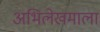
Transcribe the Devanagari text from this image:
अभिलेखमाला